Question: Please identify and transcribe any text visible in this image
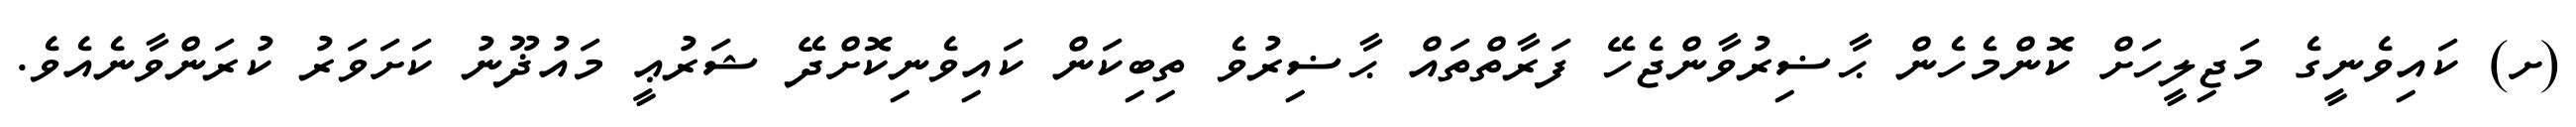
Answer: (ށ) ކައިވެނީގެ މަޖިލީހަށް ކޮންމެހެން ޙާޟިރުވާންޖެހޭ ފަރާތްތައް ޙާޟިރުވެ ތިބިކަން ކައިވެނިކޮށްދޭ ޝަރުޢީ މައުޛޫނު ކަށަވަރު ކުރަންވާނެއެވެ.